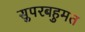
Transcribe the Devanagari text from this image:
सुपरबहुमत